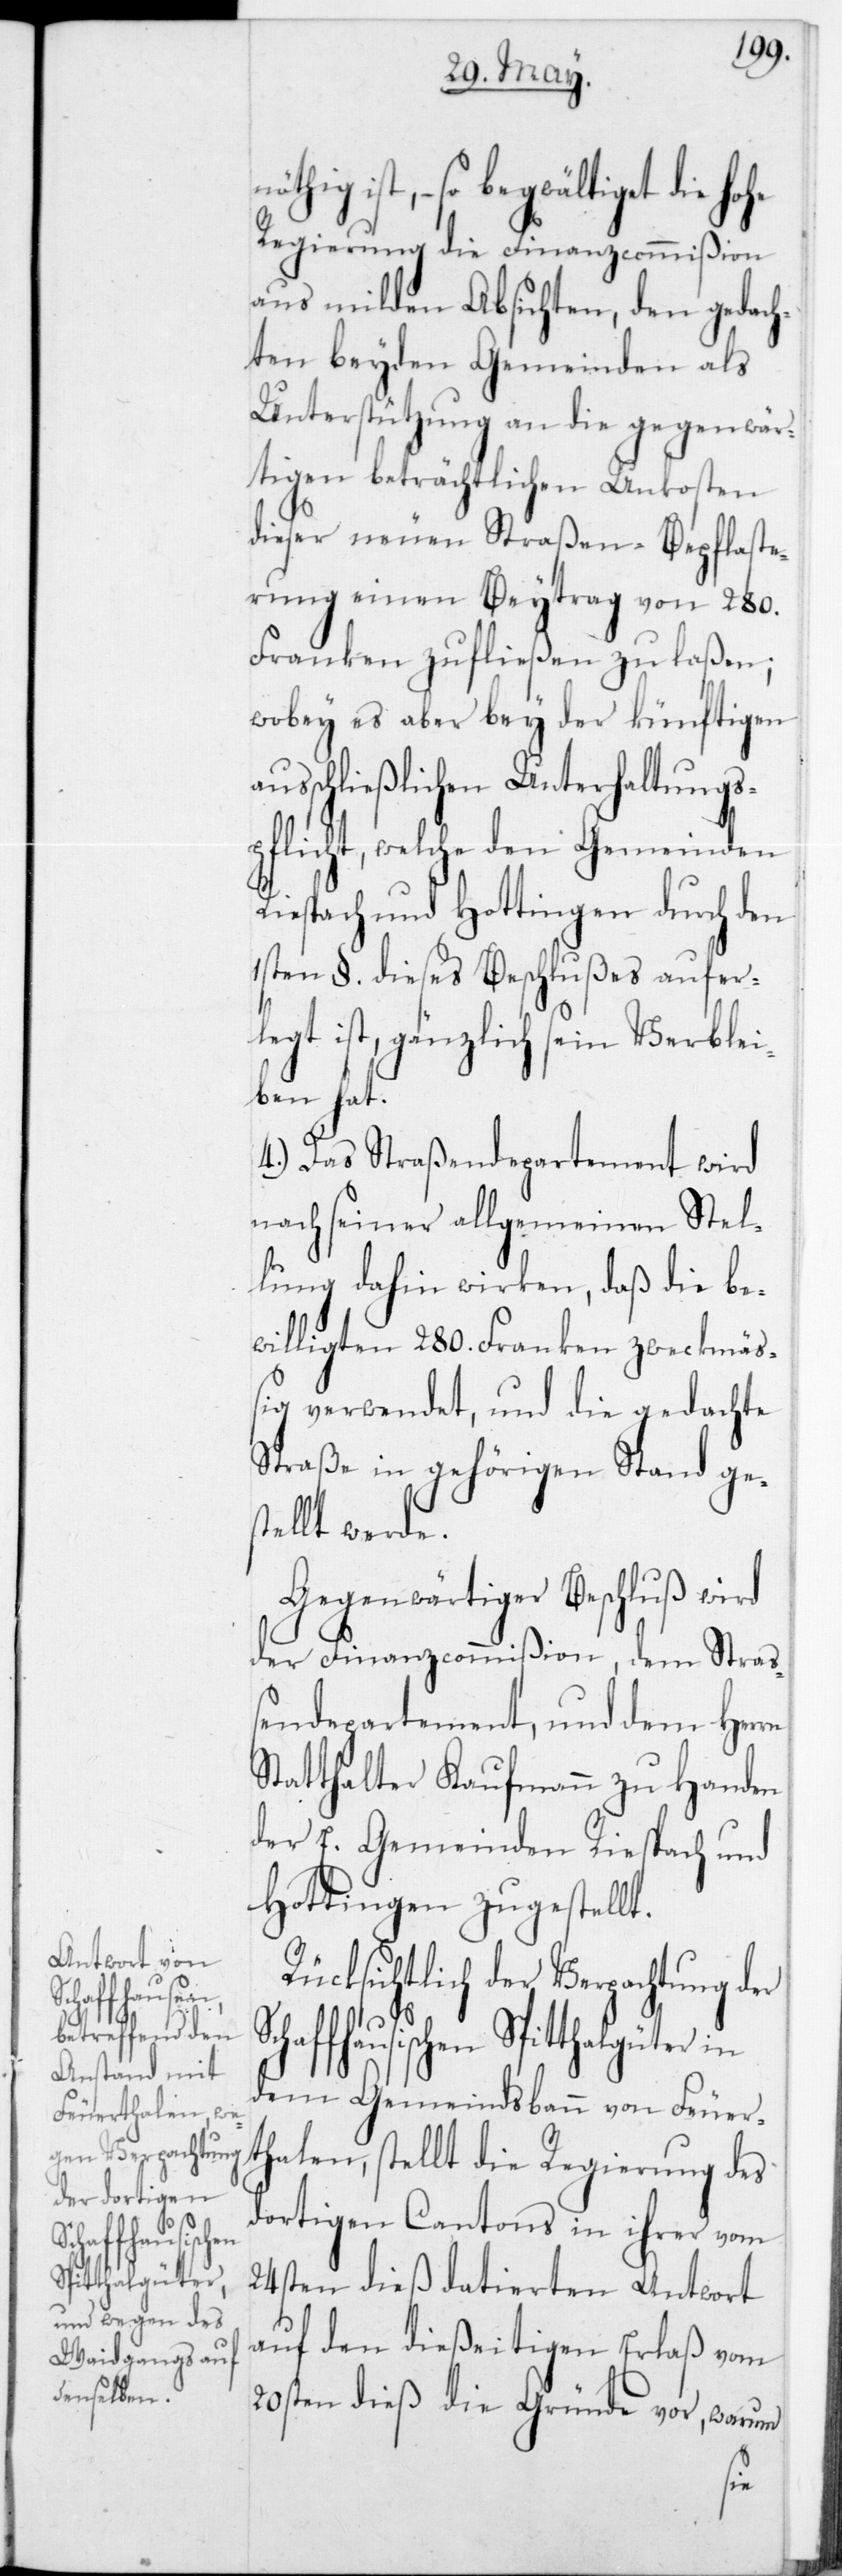
haffhausisc¬
Spitthalgüter

ist, – so begwältiget die
Regierung die Finanzcommißion
aus milden Absichten, den gedach¬
ten beyden Gemeinden als
Unterstützung an die gegenwär¬
tigen beträchtlichen Unkosten
dieser neuen Straßen-Bepflaste¬
rung einen Beytrag von 280
Franken zufließen zu laßen;
wobey es aber bey der künftigen
ausschließlichen Unterhaltungs¬
pflicht, welche den Gemeinden
esbach und Hottingen durch den
1sten § dieses Beschlußes aufer¬
legt ist, gänzlich sein Verblei¬
ben hat.
4.) Das Straßendepartement wird
nach seiner allgemeinen Stel¬
lung dahin wirken, daß die be¬
willigten 280 Franken zweckmäß¬
ig verwendet, und die gedachte
Straße in gehörigen Stand ges¬
tellt werde.
Gegenwärtiger Beschluß wird
der Finanzcommißion, dem Stra¬
ßendepartement und dem Herrn
Statthalter Kaufmann zu Handen
der E. Gemeinden Riespach und
Hottingen zugestellt.
Rücksichtlich der Verpachtung der
dem Gemeindsbann von Feuer¬
thalen, stellt die Regierung des
dortigen Cantons in ihrer vom
24sten dieß datierten Antwort
auf den dießeitigen Erlaß vom
20sten dieß die Gründe vor, warum
hen